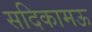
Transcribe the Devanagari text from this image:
सदिकामऊ